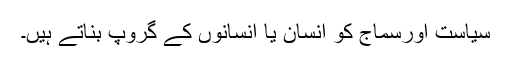
سیاست اورسماج کو انسان یا انسانوں کے گروپ بناتے ہیں۔